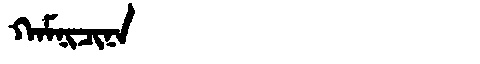
Manchu: ᡴᠠᠮᠨᡳᠴᡳᠨᠠ
Romanization: KAMNICINA